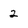
Character: 2